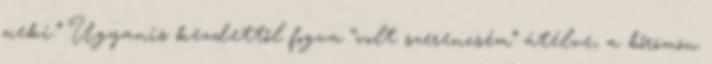
neki.” Ugyanis kezdettől fogva “volt szerencsém” átélve, a bőrömön